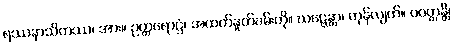
ရဿနာသိကဿ၊ အား။ ဥတ္တရောဋ္ဌံ၊ အထက်နှုတ်ခမ်းကို။ ဃဋ္ဋေန္တာ၊ ကုန်လျက်။ ပဝတ္တန္တိ၊